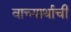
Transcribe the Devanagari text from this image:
वाच्यार्थाची